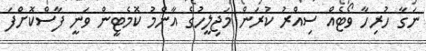
ނަގާ ހުރިހާ ވޯޓެއް ސިއްރު ކުރަން މަޖިލީހުގެ އާންމު ކޮމެޓީން ވަނީ ފާސްކޮށްފަ